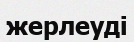
жерлеуді